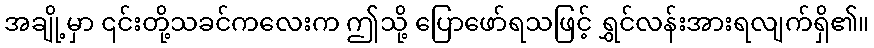
အချို့မှာ ၎င်းတို့သခင်ကလေးက ဤသို့ ပြောဖော်ရသဖြင့် ရွှင်လန်းအားရလျက်ရှိ၏။